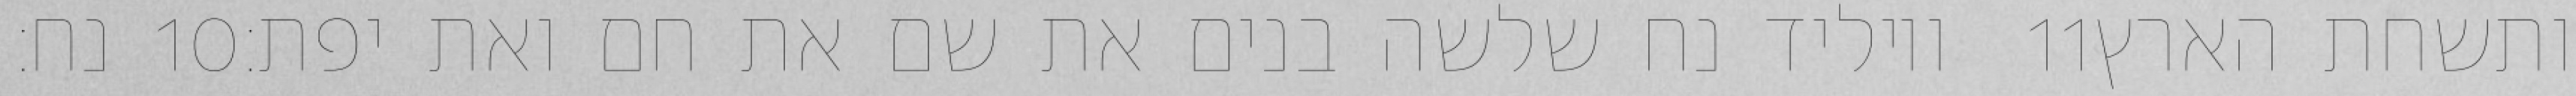
נח׃ ‎10‏ ויוליד נח שלשה בנים את שם את חם ואת יפת׃ ‎11‏ ותשחת הארץ